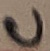
Text: C